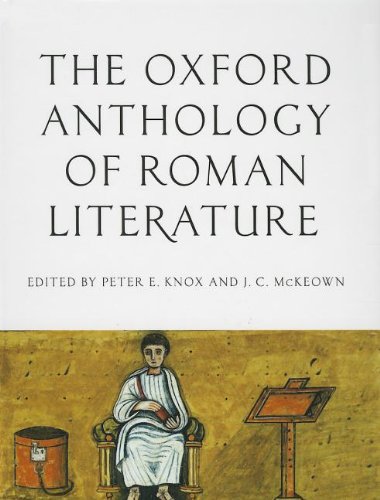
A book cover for The Oxford Anthology of Roman Literature; Literature & Fiction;